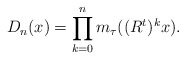
\begin{align*}D_n(x)=\prod_{k=0}^{n}m_\tau((R^{t})^{k}x).\end{align*}